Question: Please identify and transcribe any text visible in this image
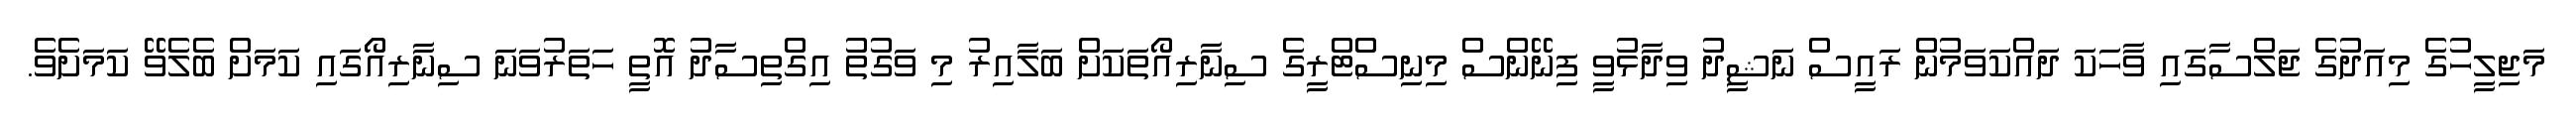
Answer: މަޖިލީހުގެ މިއަދުގެ ޖަލްސާގައި ވާހަކަ ދައްކަވަމުން ރައީސް ނަޝީދު ވިދާޅުވީ ފިނޭންސް މިނިސްޓްރީގެ ސިނާރިއޯތަކަށް ބަލާއިރު މި ވަގުތު އިގްތިސާދު އޮތީ ހަތަރުވަނަ ސިނާރިއޯގައި ކަމަށް ބެލެވޭ ކަމަށެވެ.